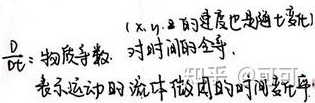
（x, y, z的速度也是随t变化） $\frac{D}{Dt}$：物质导数，对时间的全导，表示运动的流体微团的时间变化率